Report of the Municipal Commissioner on the plague in Bombay for the year ending 31st May... - Volume 1
Disease focus: Plague
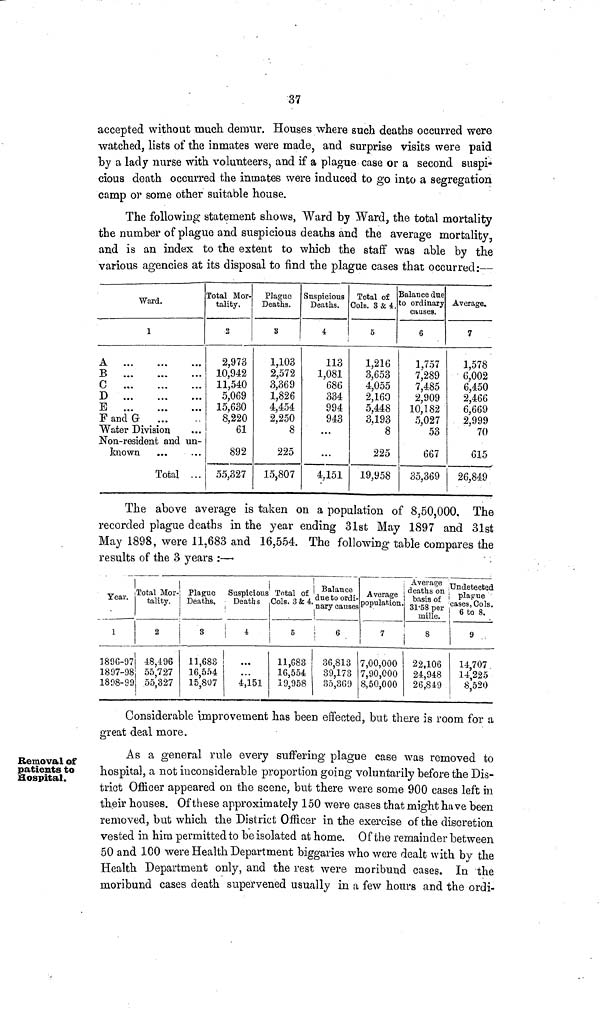
37
accepted without much demur. Houses where such deaths occurred were
watched, lists of the inmates were made, and surprise visits were paid
by a lady nurse with volunteers, and if a plague case or a second suspi-
cious death occurred the inmates were induced to go into a segregation
camp or some other suitable house.
The following statement shows, Ward by Ward, the total mortality
the number of plague and suspicious deaths and the average mortality,
and is an index to the extent to which the staff was able by the
various agencies at its disposal to find the plague cases that occurred:—
Ward.
1
A ... ... ...
B ... ... ...
C ... ... ...
D ... ... ...
E ... ... ...
F and G ... ...
Water Division ...
Non-resident and un-
known
...
...
Total ...
Total Mor-
tality.
2
2,973
10,942
11,540
5,069
15,630
8,220
61
892
55,327
Plague
Deaths.
3
1,103
2,572
3,369
1,826
4,454
2,250
8
225
15,807
Suspicious
Deaths.
i
113
1,081
686
334
994
943
...
...
4,151
Total of
Cols. 3 & 4.
5
1,216
3,653
4,055
2,160
5,448
3,193
8
225
19,958
Balance due
to ordinary
causes.
6
1,757
7,289
7,485
2,909
10,182
5,027
53
667
35,369
Average.
7
1,578
6,002
6,450
2,466
6,669
2,999
70
615
26,849
The above average is taken on a population of 8,50,000. The
recorded plague deaths in the year ending 31st May 1897 and 31st
May 1898, were 11.683 and 16,554. The following table compares the
results of the 3 years :—
Year.
1
189G-97
1897-98
1898-99
Total Mor-
tality.
2
48,496
55,727
55,327
Plague
Deaths.
3
11,683
16,554
15,807
Suspicious
Deaths
4
...
...
4,151
Total of
Cols. 3 & 4.
5
11,688
16,554
19,958
Balance
due to ordi-
nary causes
6
36,813
39,173
35,369
Average
population.
7
7,00,000
7,90,000
8,50,000
Average
deaths on ;
basis of
31-58 per
mille.
8
22,106
24,948
26,849
Undetected
plague
cases, Cols.
6 to 8
9
14,707
14,225
8,520
Considerable improvement has been effected, but there is room for a
great deal more.
Removal of
patients to
Hospital.
As a general rule every suffering plague case was removed to
hospital, a not inconsiderable proportion going voluntarily before the Dis-
trict Officer appeared on the scene, but there were some 900 cases left in
their houses. Of these approximately 150 were cases that might ha ve been
removed, but which the District Officer in the exercise of the discretion
vested in him permitted to be isolated at home. Of the remainder between
50 and 100 were Health Department biggaries who were dealt with by the
Health Department only, and the rest were moribund cases. In the
moribund cases death supervened usually in a few hours and the ordi-